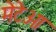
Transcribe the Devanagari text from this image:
मेटेओ